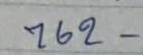
762 -